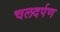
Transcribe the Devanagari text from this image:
चलदर्पण